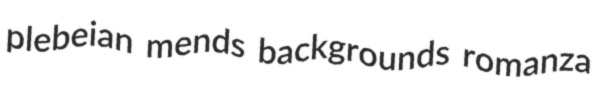
plebeian mends backgrounds romanza